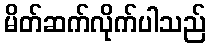
မိတ်ဆက်လိုက်ပါသည်